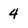
Character: 4